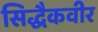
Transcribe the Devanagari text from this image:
सिद्धैकवीर